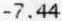
-7.44